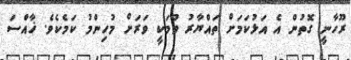
ރޫހާނީ ގޮތުން އެ އަޅުކަމަށް ތައްޔާރު ވުމަކީ ވަރަށް މުހިންމު ކަމެކެވެ. ޚާއްސަ